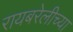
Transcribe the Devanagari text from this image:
रायबरेलीच्या